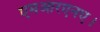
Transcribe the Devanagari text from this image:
एमआरएनए।